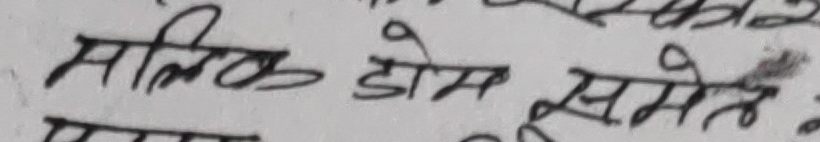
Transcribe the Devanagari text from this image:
मालिक डोम समेत